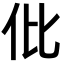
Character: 仳